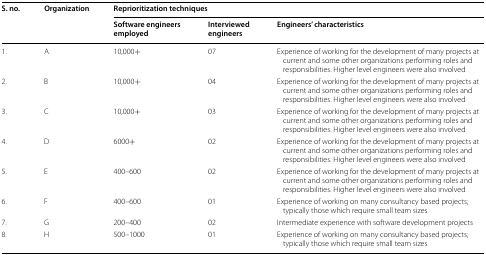
<table><thead><tr><td rowspan="2"><b>S. no.</b></td><td rowspan="2"><b>Organization</b></td><td colspan="3"><b>Reprioritization techniques</b></td></tr><tr><td><b>Software engineers employed</b></td><td><b>Interviewed engineers</b></td><td><b>Engineers’ characteristics</b></td></tr></thead><tbody><tr><td>1.</td><td>A</td><td>10,000+</td><td>07</td><td>Experience of working for the development of many projects at current and some other organizations performing roles and responsibilities. Higher level engineers were also involved</td></tr><tr><td>2.</td><td>B</td><td>10,000+</td><td>04</td><td>Experience of working for the development of many projects at current and some other organizations performing roles and responsibilities. Higher level engineers were also involved</td></tr><tr><td>3.</td><td>C</td><td>10,000+</td><td>03</td><td>Experience of working for the development of many projects at current and some other organizations performing roles and responsibilities. Higher level engineers were also involved</td></tr><tr><td>4.</td><td>D</td><td>6000+</td><td>02</td><td>Experience of working for the development of many projects at current and some other organizations performing roles and responsibilities. Higher level engineers were also involved</td></tr><tr><td>5.</td><td>E</td><td>400–600</td><td>02</td><td>Experience of working for the development of many projects at current and some other organizations performing roles and responsibilities. Higher level engineers were also involved</td></tr><tr><td>6.</td><td>F</td><td>400–600</td><td>01</td><td>Experience of working on many consultancy based projects; typically those which require small team sizes</td></tr><tr><td>7.</td><td>G</td><td>200–400</td><td>02</td><td>Intermediate experience with software development projects</td></tr><tr><td>8.</td><td>H</td><td>500–1000</td><td>01</td><td>Experience of working on many consultancy based projects; typically those which require small team sizes</td></tr></tbody></table>